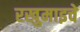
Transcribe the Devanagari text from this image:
रखुमाइचे